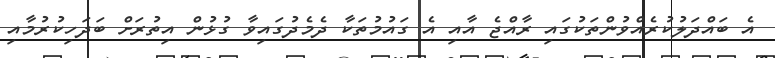
އެ ބައްދަލުކުރެއްވުންތަކުގައި ރާއްޖެ އާއި އެ ގައުމުތަކާ ދެމެދުގައިވާ ގުޅުން އިތުރަށް ބަދަހިކުރުމާއި